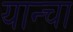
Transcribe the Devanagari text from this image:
यान्चा